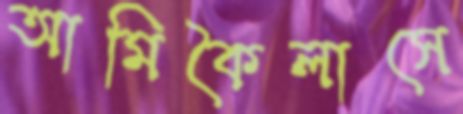
আমিকৈলাসে